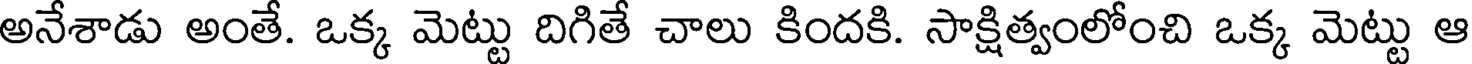
అనేశాడు అంతే. ఒక్క మెట్టు దిగితే చాలు కిందకి. సాక్షిత్వంలోంచి ఒక్క మెట్టు ఆ